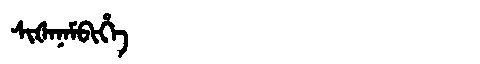
Manchu: ᠰᡳᡧᠠᠨᠠᠮᠪᡳᡥᡝ
Romanization: SIŠANAMBIHE